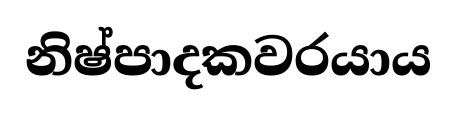
නිෂ්පාදකවරයාය